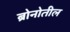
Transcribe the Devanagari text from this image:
ब्रोनोतील